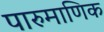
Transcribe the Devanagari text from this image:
पारुमाणिक